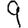
Digit: 9